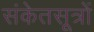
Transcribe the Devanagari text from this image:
संकेतसूत्रों